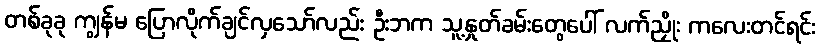
တစ်ခုခု ကျွန်မ ပြောလိုက်ချင်လှသော်လည်း ဦးဘက သူ့နှုတ်ခမ်းတွေပေါ် လက်ညှိုး ကလေးတင်ရင်း